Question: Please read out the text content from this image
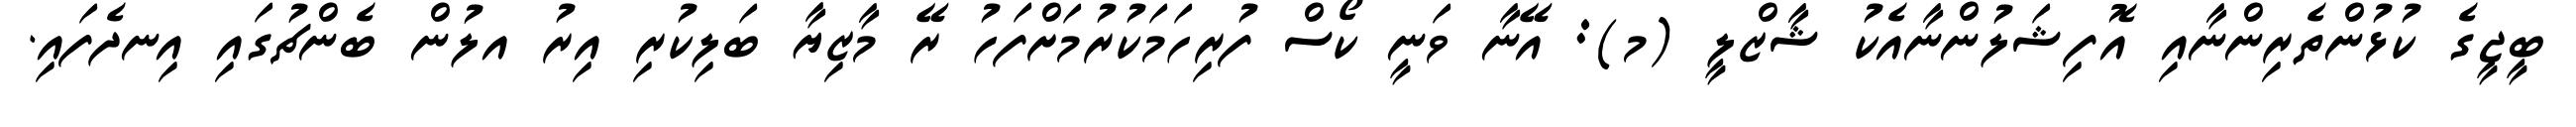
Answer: ބީޖީގެ ކުޅުންތެރިންނާއި އޮފިޝަލުންނާއެކު ޝާޒްލީ (މ): އޭނާ ވަނީ ކޯސް ފުރިހަމަކުރުމަށްފަހު ރޭ މާޒިޔާ ބަލިކުރި އިރު އލުން ބެންޗުގައި އިނދެފައި.